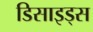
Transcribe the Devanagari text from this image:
डिसाइड्स